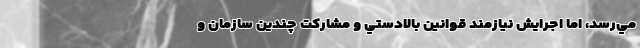
مي‌رسد، اما اجرايش نيازمند قوانين بالادستي و مشاركت چندين سازمان و